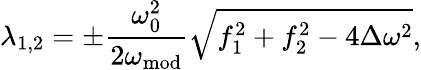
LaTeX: \lambda_{1,2}=\pm\frac{\omega_{0}^{2}}{2\omega_{\mathrm{mod}}}\sqrt{f_{1}^{2}+f_{2}^{2}-4\Delta\omega^{2}},